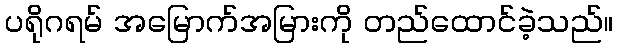
ပရိုဂရမ် အမြောက်အမြားကို တည်ထောင်ခဲ့သည်။